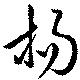
楊